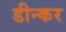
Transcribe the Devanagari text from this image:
डीन्कर